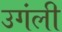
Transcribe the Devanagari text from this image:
उगंली